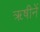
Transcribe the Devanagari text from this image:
ॠषीनें